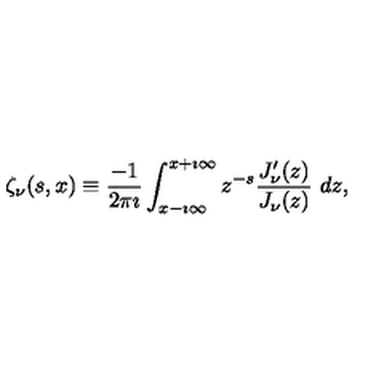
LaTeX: \zeta _ { \nu } ( s , x ) \equiv \displaystyle { \frac { - 1 } { 2 \pi \imath } } \int _ { x - \imath \infty } ^ { x + \imath \infty } z ^ { - s } \displaystyle { \frac { J _ { \nu } ^ { \prime } ( z ) } { J _ { \nu } ( z ) } } \ d z ,